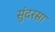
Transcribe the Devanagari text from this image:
सुंदरसा